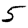
Digit: 5